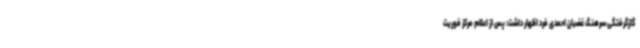
گازگرفتگی سرهنگ غضبان احمدی فرد اظهار داشت: پس از اعلام مرکز فوریت